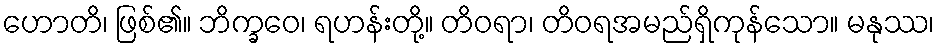
ဟောတိ၊ ဖြစ်၏။ ဘိက္ခဝေ၊ ရဟန်းတို့။ တိဝရာ၊ တိဝရအမည်ရှိကုန်သော။ မနုဿ၊